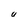
Character: U